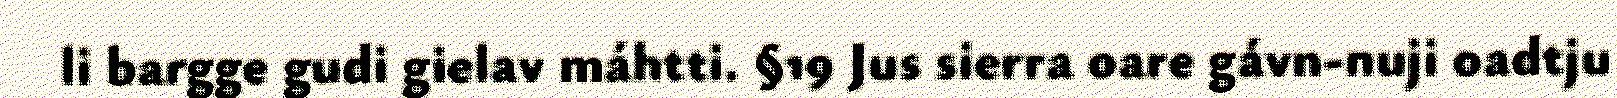
li bargge gudi gielav máhtti. §19 Jus sierra oare gávn-nuji oadtju